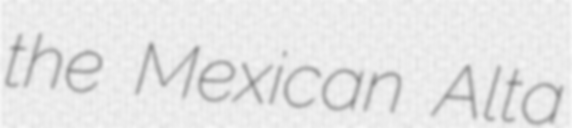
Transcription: the Mexican Alta